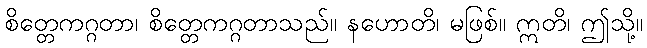
စိတ္တေကဂ္ဂတာ၊ စိတ္တေကဂ္ဂတာသည်။ နဟောတိ၊ မဖြစ်။ ဣတိ၊ ဤသို့။